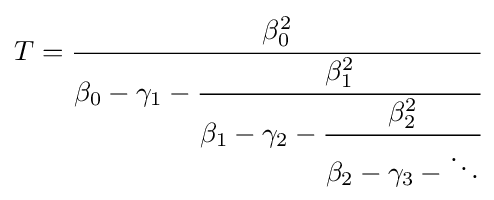
T={\cfrac {\beta _{0}^{2}}{\beta _{0}-\gamma _{1}-{\cfrac {\beta _{1}^{2}}{\beta _{1}-\gamma _{2}-{\cfrac {\beta _{2}^{2}}{\beta _{2}-\gamma _{3}-\ddots }}}}}}